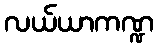
လယ်ယာကဏ္ဍ